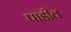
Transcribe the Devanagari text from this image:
पाडीव